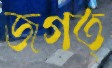
জগত্